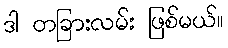
ဒါ တခြားလမ်း ဖြစ်မယ်။